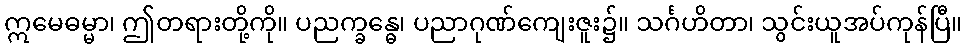
ဣမေဓမ္မာ၊ ဤတရားတို့ကို။ ပညက္ခန္ဓေ၊ ပညာဂုဏ်ကျေးဇူး၌။ သင်္ဂဟိတာ၊ သွင်းယူအပ်ကုန်ပြီ။